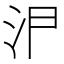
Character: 𭯸